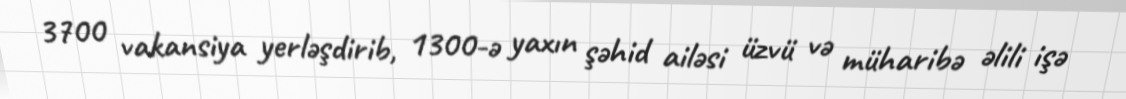
3700 vakansiya yerləşdirib, 1300-ə yaxın şəhid ailəsi üzvü və müharibə əlili işə